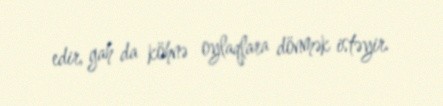
edir, gah da köhnə oylaqlara dönmək istəyir.